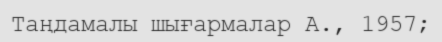
Таңдамалы шығармалар А., 1957;